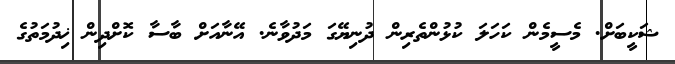
ޝަކީބަށް. މެސީމެން ކަހަލަ ކުޅުންތެރިން ދުނިޔޭގަ މަދުވާނެ. އޭނާއަށް ބާސާ ކޮށްދިން ޚިދުމަތުގެ